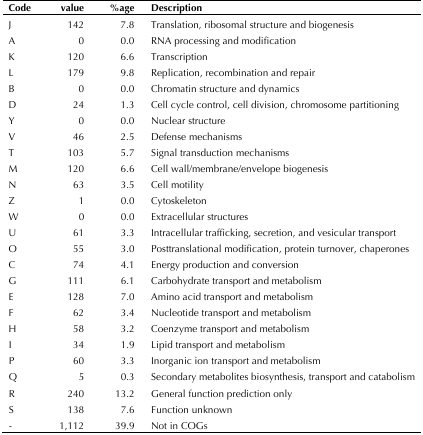
<table><thead><tr><td><b>Code</b></td><td><b>value</b></td><td><b>%age</b></td><td><b>Description</b></td></tr></thead><tbody><tr><td>J</td><td>142</td><td>7.8</td><td>Translation, ribosomal structure and biogenesis</td></tr><tr><td>A</td><td>0</td><td>0.0</td><td>RNA processing and modification</td></tr><tr><td>K</td><td>120</td><td>6.6</td><td>Transcription</td></tr><tr><td>L</td><td>179</td><td>9.8</td><td>Replication, recombination and repair</td></tr><tr><td>B</td><td>0</td><td>0.0</td><td>Chromatin structure and dynamics</td></tr><tr><td>D</td><td>24</td><td>1.3</td><td>Cell cycle control, cell division, chromosome partitioning</td></tr><tr><td>Y</td><td>0</td><td>0.0</td><td>Nuclear structure</td></tr><tr><td>V</td><td>46</td><td>2.5</td><td>Defense mechanisms</td></tr><tr><td>T</td><td>103</td><td>5.7</td><td>Signal transduction mechanisms</td></tr><tr><td>M</td><td>120</td><td>6.6</td><td>Cell wall/membrane/envelope biogenesis</td></tr><tr><td>N</td><td>63</td><td>3.5</td><td>Cell motility</td></tr><tr><td>Z</td><td>1</td><td>0.0</td><td>Cytoskeleton</td></tr><tr><td>W</td><td>0</td><td>0.0</td><td>Extracellular structures</td></tr><tr><td>U</td><td>61</td><td>3.3</td><td>Intracellular trafficking, secretion, and vesicular transport</td></tr><tr><td>O</td><td>55</td><td>3.0</td><td>Posttranslational modification, protein turnover, chaperones</td></tr><tr><td>C</td><td>74</td><td>4.1</td><td>Energy production and conversion</td></tr><tr><td>G</td><td>111</td><td>6.1</td><td>Carbohydrate transport and metabolism</td></tr><tr><td>E</td><td>128</td><td>7.0</td><td>Amino acid transport and metabolism</td></tr><tr><td>F</td><td>62</td><td>3.4</td><td>Nucleotide transport and metabolism</td></tr><tr><td>H</td><td>58</td><td>3.2</td><td>Coenzyme transport and metabolism</td></tr><tr><td>I</td><td>34</td><td>1.9</td><td>Lipid transport and metabolism</td></tr><tr><td>P</td><td>60</td><td>3.3</td><td>Inorganic ion transport and metabolism</td></tr><tr><td>Q</td><td>5</td><td>0.3</td><td>Secondary metabolites biosynthesis, transport and catabolism</td></tr><tr><td>R</td><td>240</td><td>13.2</td><td>General function prediction only</td></tr><tr><td>S</td><td>138</td><td>7.6</td><td>Function unknown</td></tr><tr><td>-</td><td>1,112</td><td>39.9</td><td>Not in COGs</td></tr></tbody></table>